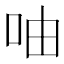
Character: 𠱋